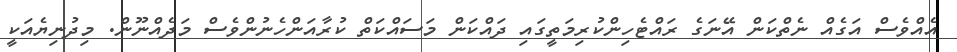
އެއްވެސް އަގެއް ނެތްކަން އޭނަގެ ރައްޓެހިންކުރިމަތީގައި ދައްކަން މަސައްކަތް ކުރާއަންހެނުންވެސް މަދެއްނޫން. މިދުނިޔެއަކީ